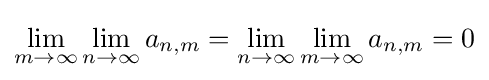
\lim _{m\to \infty }\lim _{n\to \infty }a_{n,m}=\lim _{n\to \infty }\lim _{m\to \infty }a_{n,m}=0